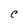
Character: C